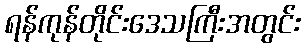
ရန်ကုန်တိုင်းဒေသကြီးအတွင်း